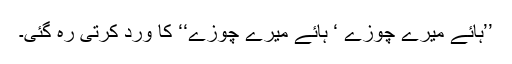
’’ہائے میرے چوزے ‘ ہائے میرے چوزے‘‘ کا ورد کرتی رہ گئی۔